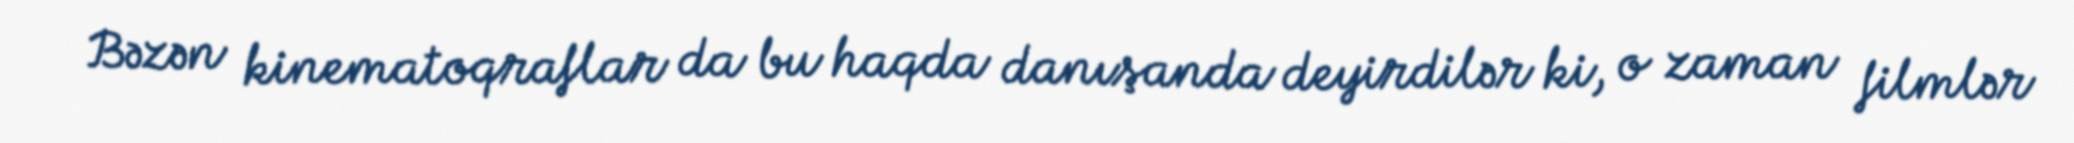
Bəzən kinematoqraflar da bu haqda danışanda deyirdilər ki, o zaman filmlər